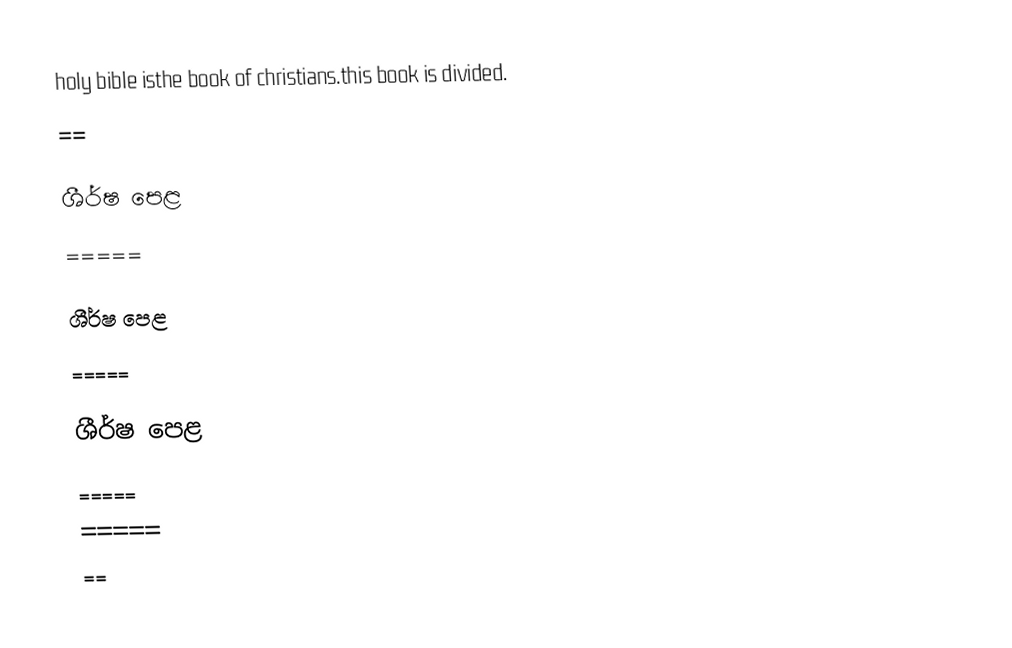
holy bible isthe book of christians.this book is divided.
==

ශීර්ෂ පෙළ
=====

ශීර්ෂ පෙළ
=====

ශීර්ෂ පෙළ
 =====
 =====
 ==